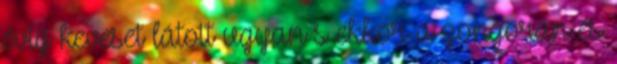
évig keveset látott ugyan s ekkor a zongorán és